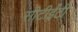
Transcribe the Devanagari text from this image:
सीटीईटी